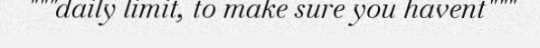
"""daily limit, to make sure you havent"""